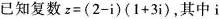
已知复数$$z=(2-i)(1+3i)$$，其中i